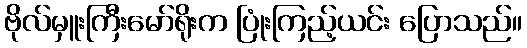
ဗိုလ်မှူးကြီးမော်ရိုးက ပြုံးကြည့်ယင်း ပြောသည်။